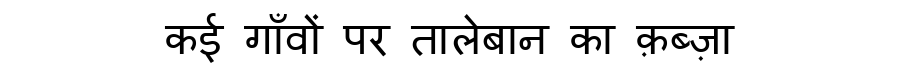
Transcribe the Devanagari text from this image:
कई गाँवों पर तालेबान का क़ब्ज़ा